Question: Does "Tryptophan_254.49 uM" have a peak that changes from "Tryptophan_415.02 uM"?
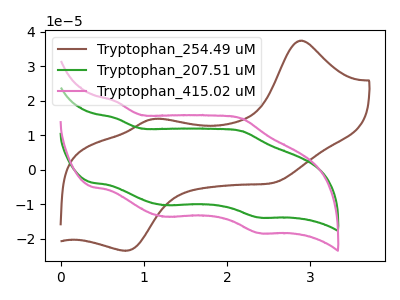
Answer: <think>The brown curve "Tryptophan_254.49 uM" has anodic peaks at (2.90V, 37.35uA) (1.10V, 14.70uA) and cathodic peaks at (2.55V, -3.75uA) (0.75V, -23.45uA). The green curve "Tryptophan_207.51 uM" has anodic peaks at (0.65V, 14.95uA) (2.15V, 11.20uA) and cathodic peaks at (1.25V, -10.25uA) (2.40V, -13.80uA). The pink curve "Tryptophan_415.02 uM" has anodic peaks at (0.65V, 19.85uA) (2.15V, 14.85uA) and cathodic peaks at (1.25V, -13.55uA) (2.40V, -18.30uA).
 "Tryptophan_254.49 uM" and "Tryptophan_415.02 uM" have at least one peak that do not match.</think>
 <answer>Yes, "Tryptophan_254.49 uM" and "Tryptophan_415.02 uM" are different in shape.</answer>
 <eval>yes_change</eval>